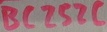
Text: BC252C